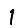
Digit: 1